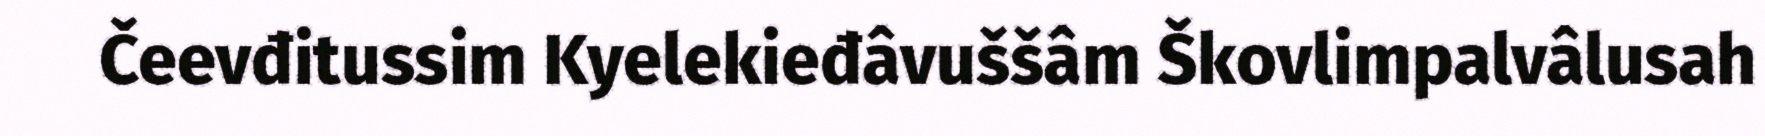
Čeevđitussim Kyelekieđâvuššâm Škovlimpalvâlusah